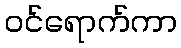
ဝင်ရောက်ကာ